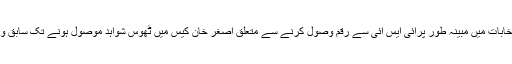
گزشتہ روز کی خبروں کے مطابق ایف آئی اے نے 1990 کے انتخابات میں مبینہ طور پرآئی ایس آئی سے رقم وصول کرنے سے متعلق اصغر خان کیس میں ٹھوس شواہد موصول ہونے تک سابق وزیراعظم میاں نواز شریف کو سمن نہ جاری کرنے کا فیصلہ کرلیا۔